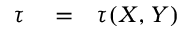
\begin{array} { r l r } { \tau } & { { } = } & { \tau ( X , Y ) } \end{array}